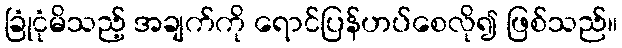
ခြုံငုံမိသည့် အချက်ကို ရောင်ပြန်ဟပ်စေလို၍ ဖြစ်သည်။